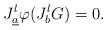
LaTeX: \begin{gather*}J_{\underline{a}}^{l}\varphi(J_{b}^{l}G)=0.\end{gather*}